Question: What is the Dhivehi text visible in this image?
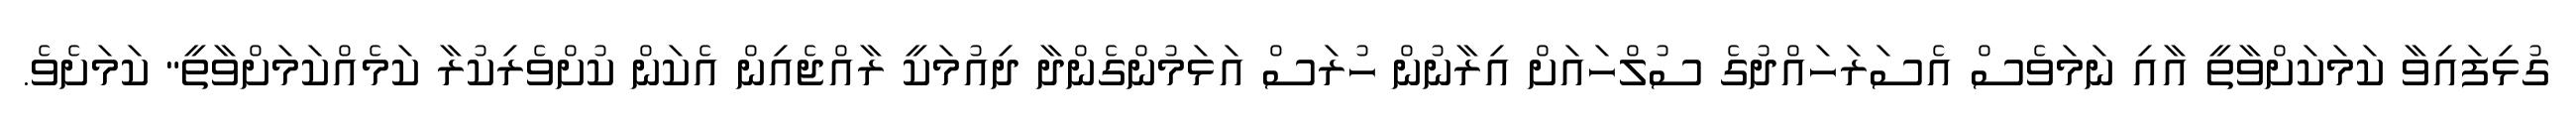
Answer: ގުޅިފައިވާ ކަމަކަށްވާތީ އާއި ނަމަވެސް އެސަރަހައްދުގެ ސުލްހައަށް އިރާނުން ހުރަސް އަޅަމުންގެންދާ ދިއުމަކީ ރާއްޖެއިން އެކަން ކުށްވެރިކުރާ ކަމެއްކަމަށްވާތީ" ކަމަށެވެ.